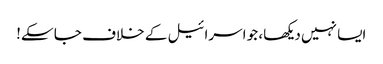
ایسا نہیں دیکھا، جو اسرائیل کے خلاف جا سکے!